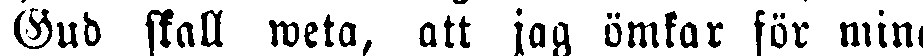
Gud skall weta, att jag ömkar för mina